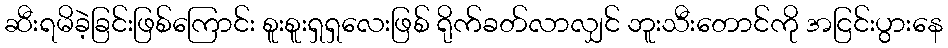
ဆီးရမိခဲ့ခြင်းဖြစ်ကြောင်း စူးစူးရှရှလေးဖြစ် ရိုက်ခတ်လာလျှင် ဘူးသီးတောင်ကို အငြင်းပွားနေ